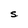
Character: S